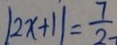
\vert 2 x + 1 \vert = \frac { 7 } { 2 }